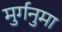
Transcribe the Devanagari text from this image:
मुर्गनुमा